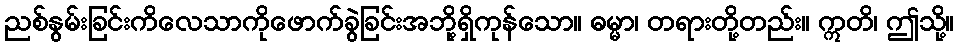
ညစ်နွမ်းခြင်းကိလေသာကိုဖောက်ခွဲခြင်းအဘို့ရှိကုန်သော။ ဓမ္မာ၊ တရားတို့တည်း။ ဣတိ၊ ဤသို့။